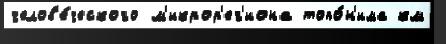
челов'е́ческого м'икрор'ег'иона топо́н'има км